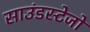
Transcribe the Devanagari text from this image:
साउंडस्टेजों